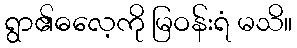
ရွာ၏ဓလေ့ကို မြဝန်းရံ မသိ။